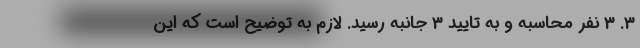
3. 3 نفر محاسبه و به تایید 3 جانبه رسید. لازم به توضیح است که این